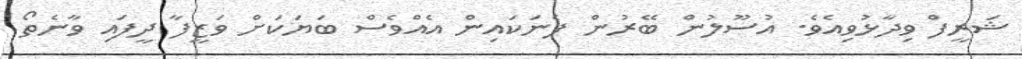
ޝަރީފް ވިދާޅުވިއެވެ. އުސޫލުން ބޭރުން ފެނަކައިން އެއްވެސް ބަޔަކަށް ވަޒީފާ ދީފައި ވާނެތޯ